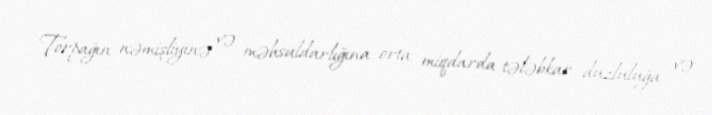
Torpağın nəmişliyinə və məhsuldarlığına orta miqdarda tələbkar, duzluluğa və